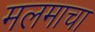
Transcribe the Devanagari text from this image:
मलमाचा